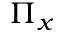
\Pi _ { x }